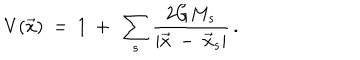
V ( \vec { x } ) \ = \ 1 \ + \ \sum _ { s } \frac { 2 G M _ { s } } { | \vec { x } \ - \ \vec { x } _ { s } | } \, .